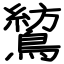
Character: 鶭